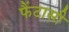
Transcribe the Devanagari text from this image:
फैंटासी